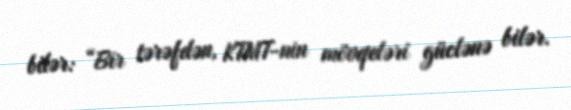
bilər: “Bir tərəfdən, KTMT-nin mövqeləri güclənə bilər.